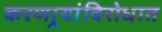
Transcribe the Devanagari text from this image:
करणार्‍यांविरोधात